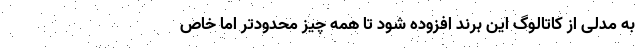
به مدلی از کاتالوگ این برند افزوده شود تا همه چیز محدودتر اما خاص